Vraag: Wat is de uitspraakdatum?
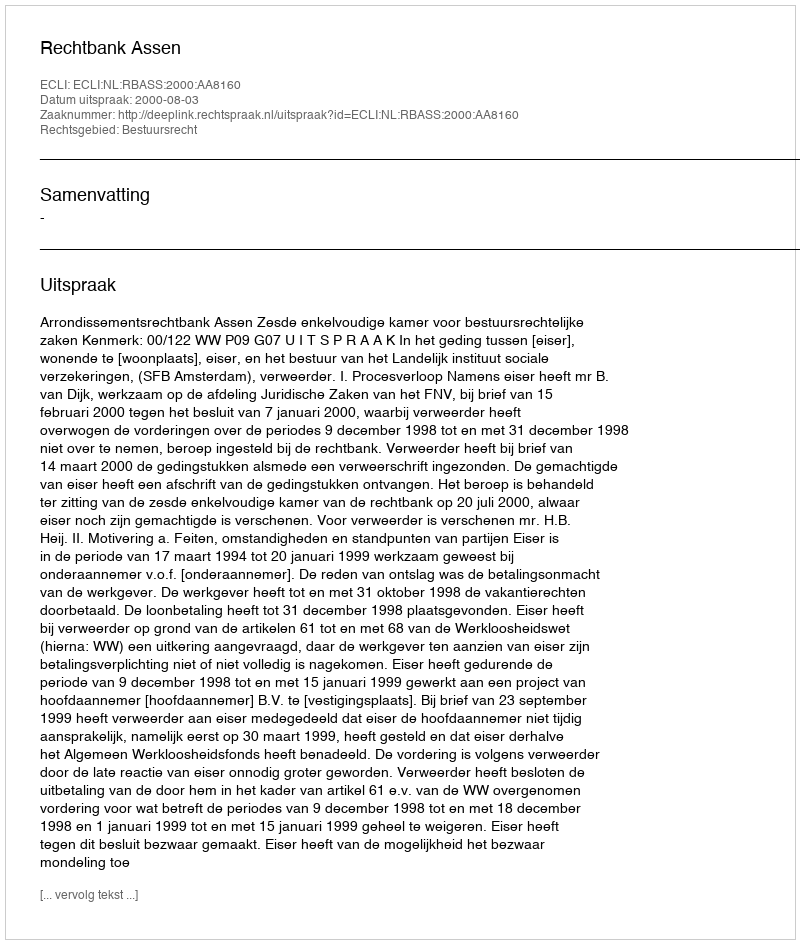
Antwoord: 2000-08-03